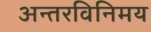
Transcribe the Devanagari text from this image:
अन्तरविनिमय